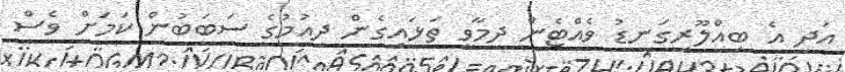
އަދި އެ ބިއްލޫރިގަނޑު ވެއްޓެން ދިމާވީ ތަޅައިގެން ދިއުމުގެ ސަބަބުން ކަމަށް ވެސް